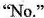
"No."